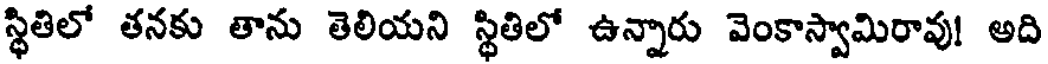
స్థితిలో తనకు తాను తెలియని స్థితిలో ఉన్నారు వెంకాస్వామిరావు! అది